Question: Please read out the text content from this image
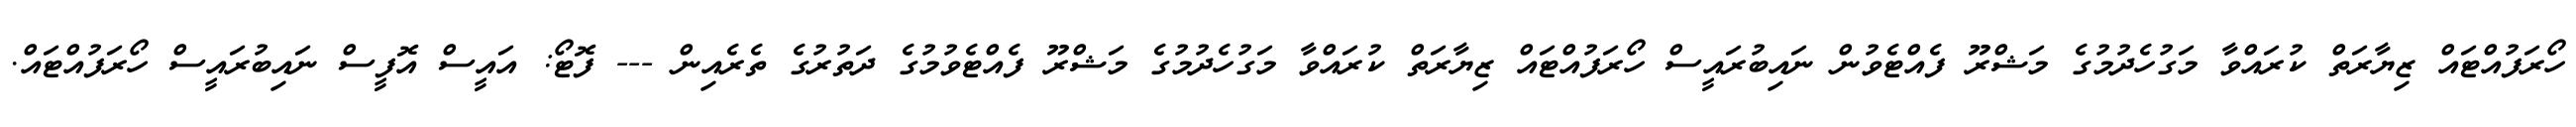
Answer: ހޯރަފުއްޓައް ޒިޔާރަތް ކުރައްވާ މަގުހެދުމުގެ މަޝްރޫ ފެއްޓެވުން ނައިބުރައީސް ހޯރަފުއްޓައް ޒިޔާރަތް ކުރައްވާ މަގުހެދުމުގެ މަޝްރޫ ފެއްޓެވުމުގެ ދަތުރުގެ ތެރެއިން --- ފޮޓޯ: އައީސް އޮފީސް ނައިބުރައީސް ހޯރަފުއްޓައް.